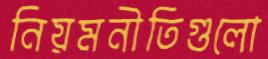
নিয়মনীতিগুলো